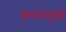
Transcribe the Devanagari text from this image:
कंपनांमुळे